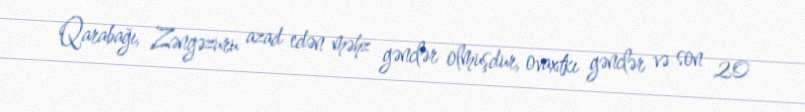
Qarabağı, Zəngəzuru azad edən məhz gənclər olmuşdur, ovaxtkı gənclər və son 20